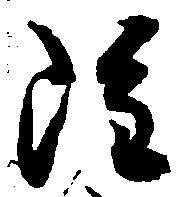
雖